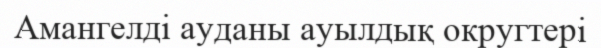
Амангелді ауданы ауылдық округтері